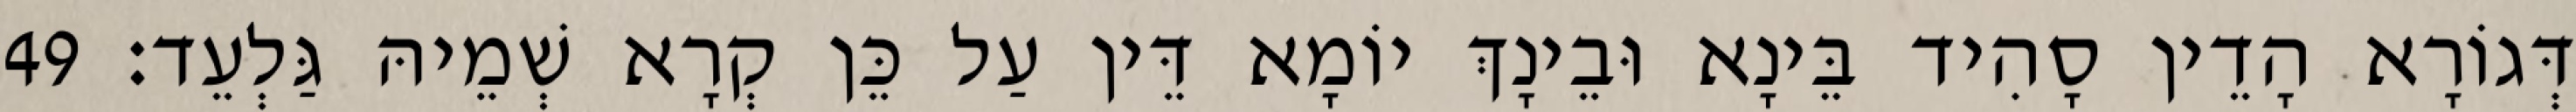
דְּגוֹרָא הָדֵין סָהִיד בֵּינָא וּבֵינָךְ יוֹמָא דֵּין עַל כֵּן קְרָא שְׁמֵיהּ גַּלְעֵד׃ 49